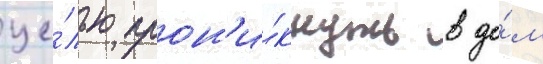
це́лью прон'и́кнуть в до́м